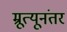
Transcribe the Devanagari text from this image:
म्रूत्यूनंतर